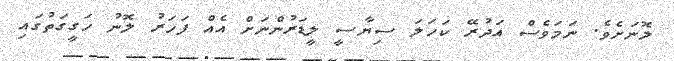
ލޮނަށެވެ. ނަމަވެސް އަދުރޭ ކަހަަލަ ސިޔާސީ ލީޑަރުންނަށް އެއް ފަހަރު ލޮނު ހަގީގަތުގައި